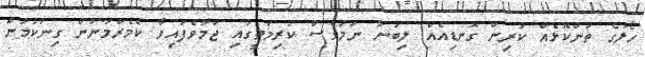
ހޯލުގެ ތަންކޮޅެއް ކުރިން ގޮނޑިއެއް ލިބުނު ނަމަވެސް ކުރިމަތީގައި ޖަމާވެފައިވާ ކެމެރާމަނުން ގިނަކަމުން